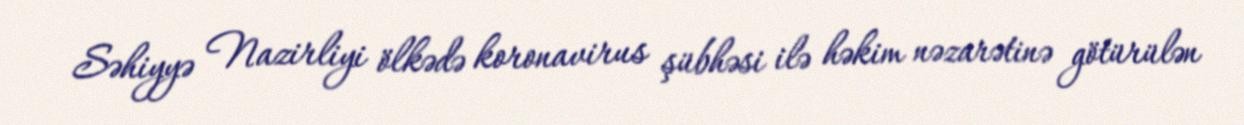
Səhiyyə Nazirliyi ölkədə koronavirus şübhəsi ilə həkim nəzarətinə götürülən